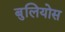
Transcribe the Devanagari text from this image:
बुलियोस